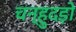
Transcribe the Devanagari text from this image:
चन्हुदड़ो